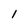
Character: 1